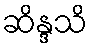
ဆိန္ဒသိ